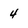
Character: 4